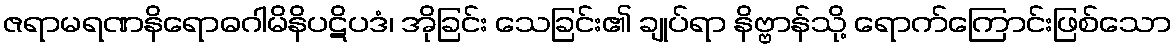
ဇရာမရဏနိရောဓဂါမိနိပဋိပဒံ၊ အိုခြင်း သေခြင်း၏ ချုပ်ရာ နိဗ္ဗာန်သို့ ရောက်ကြောင်းဖြစ်သော